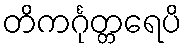
တိကင်္ဂုတ္တရေပိ